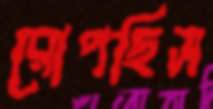
রোপছিস